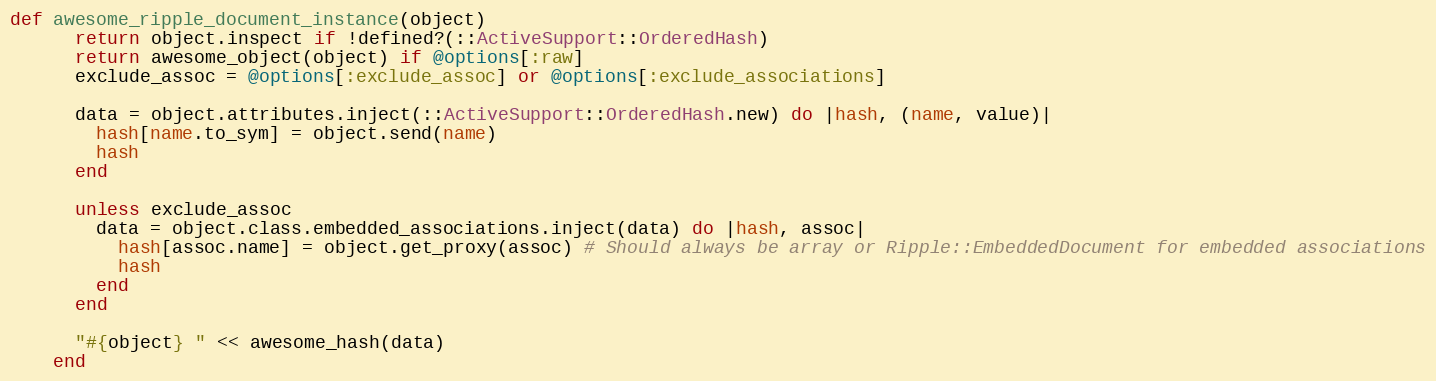
Language: Ruby
def awesome_ripple_document_instance(object)
      return object.inspect if !defined?(::ActiveSupport::OrderedHash)
      return awesome_object(object) if @options[:raw]
      exclude_assoc = @options[:exclude_assoc] or @options[:exclude_associations]

      data = object.attributes.inject(::ActiveSupport::OrderedHash.new) do |hash, (name, value)|
        hash[name.to_sym] = object.send(name)
        hash
      end

      unless exclude_assoc
        data = object.class.embedded_associations.inject(data) do |hash, assoc|
          hash[assoc.name] = object.get_proxy(assoc) # Should always be array or Ripple::EmbeddedDocument for embedded associations
          hash
        end
      end

      "#{object} " << awesome_hash(data)
    end